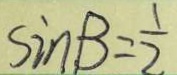
\sin B = \frac { 1 } { 2 }